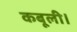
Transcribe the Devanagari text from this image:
कबूली।